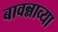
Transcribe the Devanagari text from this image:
बावन्नाव्या